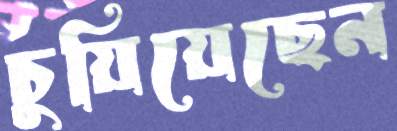
চুয়িয়েছেন